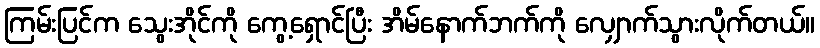
ကြမ်းပြင်က သွေးအိုင်ကို ကွေ့ရှောင်ပြီး အိမ်နောက်ဘက်ကို လျှောက်သွားလိုက်တယ်။